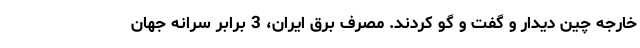
خارجه چین دیدار و گفت و گو کردند. مصرف برق ایران، 3 برابر سرانه جهان